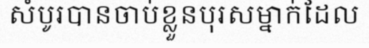
សំបូរបានចាប់ខ្លួនបុរសម្នាក់ដែល